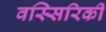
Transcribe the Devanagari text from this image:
वस्सिरिकी